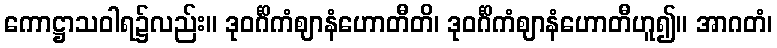
ကောဋ္ဌာသဝါရ၌လည်း။ ဒုဝင်္ဂိကံဈာနံဟောတီတိ၊ ဒုဝင်္ဂိကံဈာနံဟောတီဟူ၍။ အာဂတံ၊